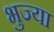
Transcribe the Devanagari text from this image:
भुज्या